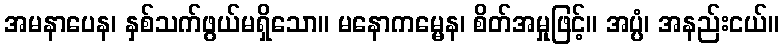
အမနာပေန၊ နှစ်သက်ဖွယ်မရှိသော။ မနောကမ္မေန၊ စိတ်အမှုဖြင့်။ အပ္ပံ၊ အနည်းငယ်။